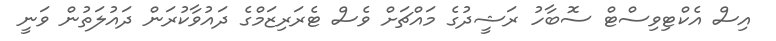
އިސް އެކްޓިވިސްޓް ސޮބާހު ރަޝީދުގެ މައްޗަށް ވެސް ޓެރަރިޒަމްގެ ދައުވާކުރަން ދައުލަތުން ވަނީ